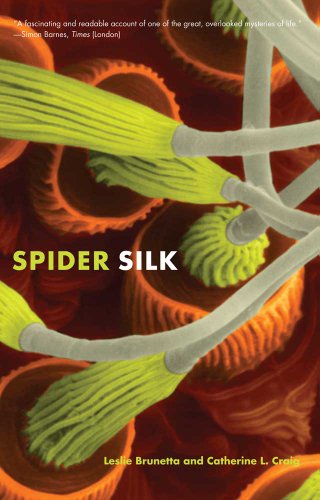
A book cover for Spider Silk: Evolution and 400 Million Years of Spinning, Waiting, Snagging, and Mating; Leslie Brunetta; Science & Math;